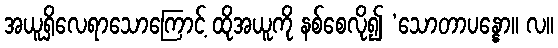
အယူရှိလေရာသောကြောင့် ထိုအယူကို နစ်စေလို၍ ‘သောတာပန္နော။ လ။